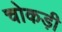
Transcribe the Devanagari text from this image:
चोकड़ी